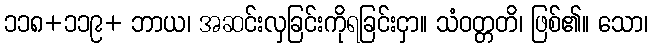
၁၁၈+၁၁၉+ ဘာယ၊ အဆင်းလှခြင်းကိုရခြင်းငှာ။ သံဝတ္တတိ၊ ဖြစ်၏။ သော၊